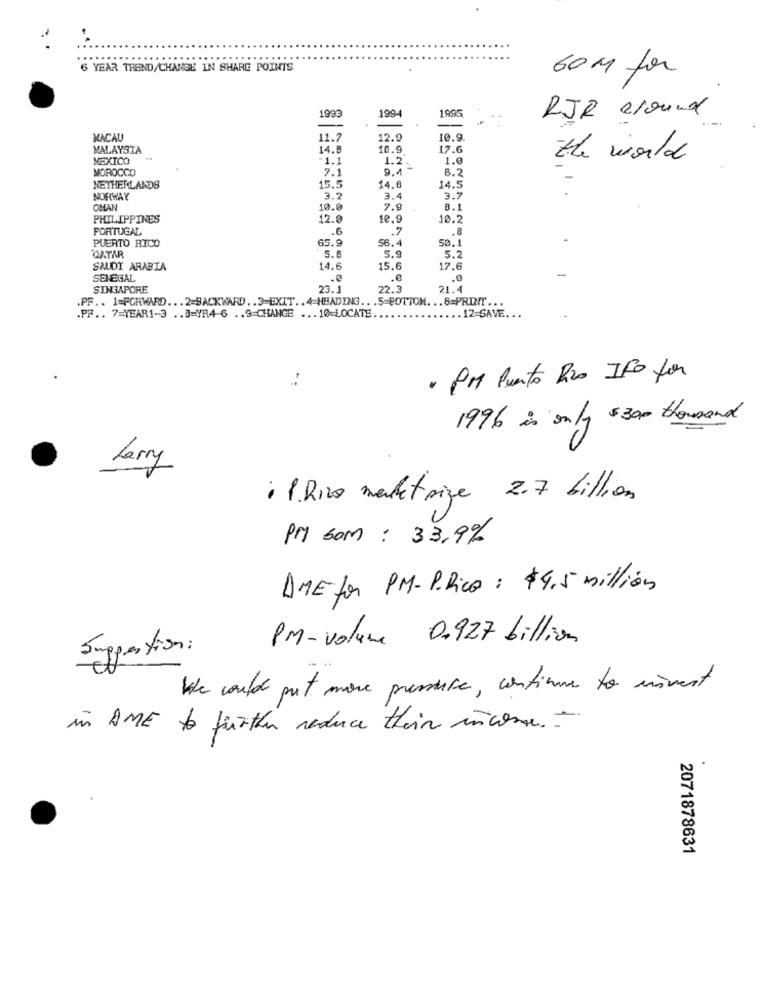
6 YEAR TREND/CHANGE IN SHARE POINTS
60 M for
1994
1995
1993
RJR around
MACAU
11.7
12.9
10.9
MALAYSIA
14.8
10.9
17.6
MEXICO
1.1
1.2.
1.0
the world
MOROCCO
7.1
9.4
6.2
15.5
NETHERLANDS
14.6
14.5
NORWAY
3.2
3.4
3.7
OMAN
10.0
7.9
8.1
PHILIPPINES
12.0
10.9
10.2
PORTUGAL
.6
.. 7
.8
65.9
56.4
50.1
PUERTO RICO
5.6
5.9
QATAR
5.2
SAUDI ARABIA
14.6
15.6
17.6
SENEGAL
.e
.0
SINGAPORE
23.1
22.3
21.4
.PF .. 1=FORWARD ... 2=BACKWARD .. 3-EXIT .. 4 HEADING ... 5=BOTTOM ... 8=PRINT ...
.PF .. 7=YEAR1-3 .. 8=YR4-6 .. 9 CHANGE ... 10-LOCATE.
. 12-SAVE. ..
· PM Punto Rzo IFO for
1996 is only $300 thousand
Larry
1.Rico marketsize 2.7 billion
PM som : 33,9%
AMEfor PM-P.Rico : $4,5 million
Pm-volume 0.927 billion
Suggestion:
We could put more pressure, continue to movest
in AME to further reduce their income. .
.
2071878631